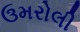
ઉમરોલી